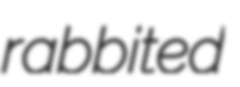
rabbited